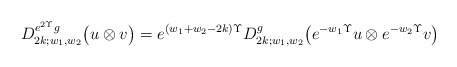
\begin{align*} D_{2k;w_1,w_2}^{e^{2\Upsilon}g} \bigl( u \otimes v \bigr) = e^{(w_1+w_2-2k)\Upsilon} D_{2k;w_1,w_2}^{g} \bigl( e^{-w_1\Upsilon}u \otimes e^{-w_2\Upsilon}v \bigr) \end{align*}